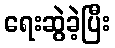
ရေးဆွဲခဲ့ပြီး